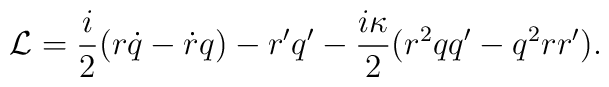
{\cal L} = \frac{i}{2} (r\dot q - \dot r q) - r'q' - \frac{i\kappa}{2}(r^2 qq' - q^2 rr').